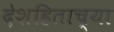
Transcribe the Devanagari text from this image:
देशहिताच्या